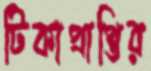
টিকাপ্রাপ্তির